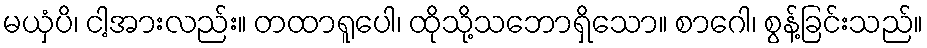
မယှံပိ၊ ငါ့အားလည်း။ တထာရူပေါ၊ ထိုသို့သဘောရှိသော။ စာဂေါ၊ စွန့်ခြင်းသည်။